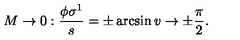
M \rightarrow 0 : \frac { \phi \sigma ^ { 1 } } { s } = \pm \arcsin v \rightarrow \pm \frac { \pi } { 2 } .